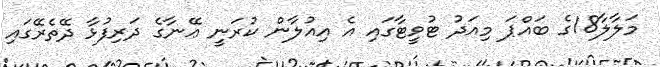
މަލާލާ18ގެ ބައްޕަ މިއަދު ޓުވީޓާގައި އެ އިއުލާން ކުރަނީ ޢޭނާގެ ދަރިފުޅާ ދޭތެރޭގައި